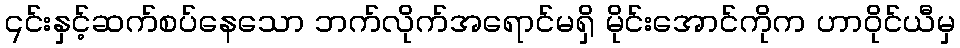
၎င်းနှင့်ဆက်စပ်နေသော ဘက်လိုက်အရောင်မရှိ မိုင်းအောင်ကိုက ဟာဝိုင်ယီမှ